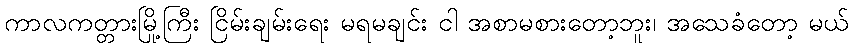
ကာလကတ္တားမြို့ကြီး ငြိမ်းချမ်းရေး မရမချင်း ငါ အစာမစားတော့ဘူး၊ အသေခံတော့ မယ်